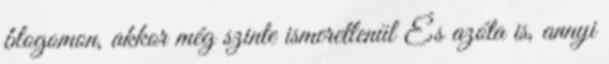
blogomon, akkor még szinte ismeretlenül És azóta is, annyi